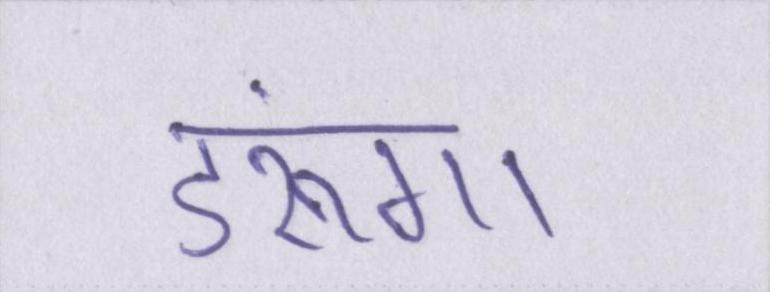
डरूंगा